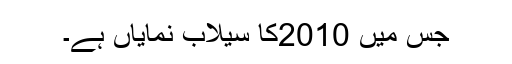
جس میں 2010کا سیلاب نمایاں ہے۔